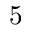
5